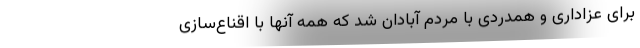
برای عزاداری و همدردی با مردم آبادان شد که همه آنها با اقناع‌سازی